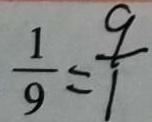
\frac { 1 } { 9 } = \frac { 9 } { 1 }